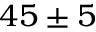
4 5 \pm 5